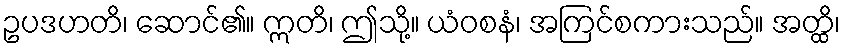
ဥပဒဟတိ၊ ဆောင်၏။ ဣတိ၊ ဤသို့။ ယံဝစနံ၊ အကြင်စကားသည်။ အတ္ထိ၊